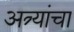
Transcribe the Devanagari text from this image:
अत्र्यांचा